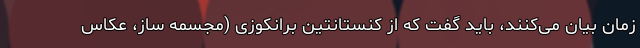
زمان بیان می‌کنند، باید گفت که از کنستانتین برانکوزی (مجسمه ساز، عکاس